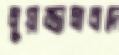
মুয়াজ্জামাবাদে